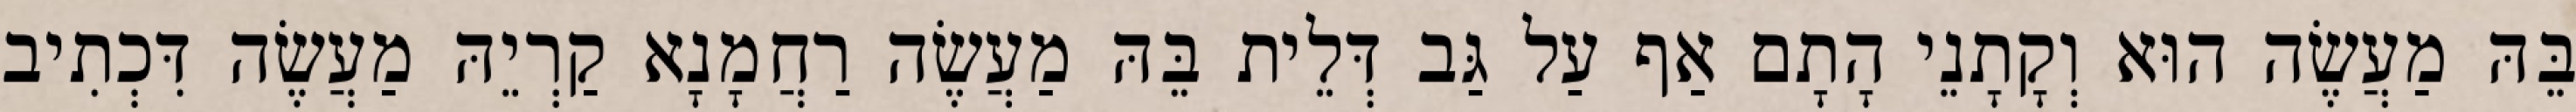
בֵּהּ מַעֲשֶׂה הוּא וְקָתָנֵי הָתָם אַף עַל גַּב דְּלֵית בֵּהּ מַעֲשֶׂה רַחֲמָנָא קַרְיֵהּ מַעֲשֶׂה דִּכְתִיב